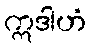
ဣဒါဟံ